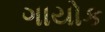
ગાયોક